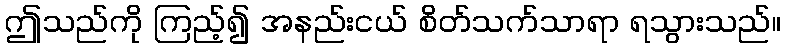
ဤသည်ကို ကြည့်၍ အနည်းငယ် စိတ်သက်သာရာ ရသွားသည်။